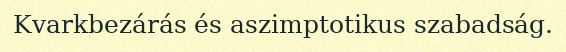
Kvarkbezárás és aszimptotikus szabadság.